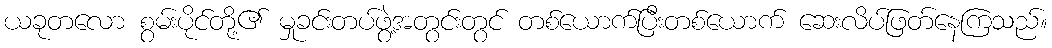
ယခုတလော စွမ်းပိုင်တို့၏ မှုခင်းတပ်ဖွဲ့အတွင်းတွင် တစ်ယောက်ပြီးတစ်ယောက် ဆေးလိပ်ဖြတ်နေကြသည်။